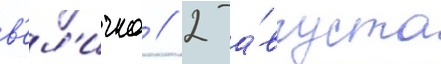
в'ел'ичко // 2 а́вгуста